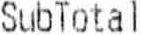
SUBTOTAL